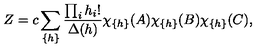
Z = c \sum _ { \{ h \} } { \frac { \prod _ { i } h _ { i } ! } { \Delta ( h ) } } \chi _ { \{ h \} } ( A ) \chi _ { \{ h \} } ( B ) \chi _ { \{ h \} } ( C ) ,